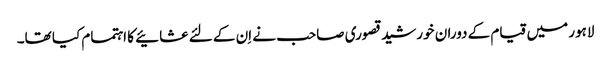
لاہور میں قیام کے دوران خورشید قصوری صاحب نے اِن کے لئے عشائیے کا اہتمام کیا تھا۔